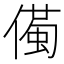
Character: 𱏌